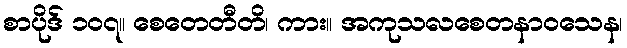
စာပိုဒ် ၁၀၇။ စေတေတီတိ၊ ကား။ အကုသလစေတနာဝသေန၊